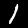
Digit: 1